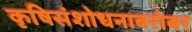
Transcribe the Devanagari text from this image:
कृषिसंशोधनाबरोबर